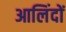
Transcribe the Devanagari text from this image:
आलिंदों